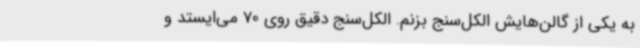
به یکی از گالن‌هایش الکل‌سنج بزنم. الکل‌سنج دقیق روی 70 می‌ایستد و